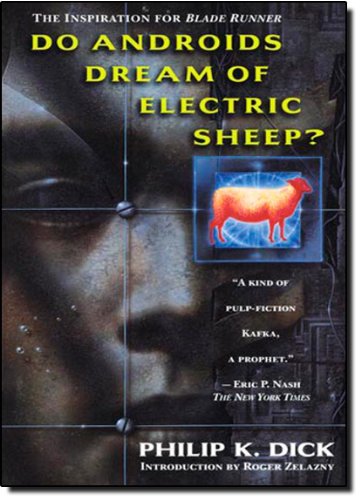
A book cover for Do Androids Dream of Electric Sheep?; Philip K. Dick; Comics & Graphic Novels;